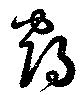
鶴